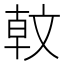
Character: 𣁖